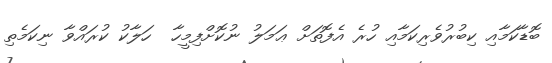
ބޮޑާކަމާއި ކިބުރުވެރިކަމާއި ހުރެ އެފޮތަށް ޢަމަލު ނުކޮށްފިމީހާ  ހަލާކު ކުރައްވާ ނިކަމެތި